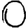
Digit: 0